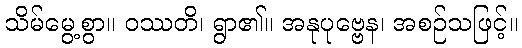
သိမ်မွေ့စွာ။ ဝဿတိ၊ ရွာ၏။ အနုပုဗ္ဗေန၊ အစဉ်သဖြင့်။